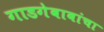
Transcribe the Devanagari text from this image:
गाडगेबाबांचा